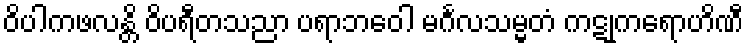
ဝိပါကဖလန္တိ ဝိပရီတသညာ ပရာဘဝေါ မင်္ဂလသမ္မတံ ကဋုကရောဟိဏီ